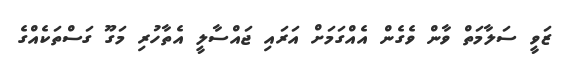
ޒަވީ ސަލާމަތް ވާން ވެގެން އެއްގަމަށް އަރައި ޖައްސާލީ އެތާހުރި މަގޫ ގަސްތަކެއްގެ